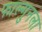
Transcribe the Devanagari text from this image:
फाल्गुनला